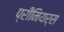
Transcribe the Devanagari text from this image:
प्रीमियर्स